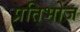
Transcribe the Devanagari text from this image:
प्रतिभोज